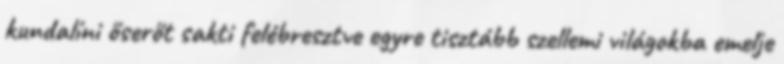
kundalíni őserőt sakti felébresztve egyre tisztább szellemi világokba emelje